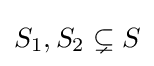
S_{1},S_{2}\subsetneq S